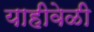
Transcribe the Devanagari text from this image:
याहीवेळी